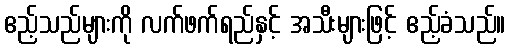
ဧည့်သည်များကို လက်ဖက်ရည်နှင့် အသီးများဖြင့် ဧည့်ခံသည်။